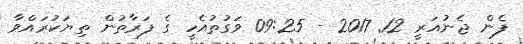
ފެން ޖެނުއަރީ 12